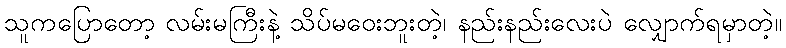
သူကပြောတော့ လမ်းမကြီးနဲ့ သိပ်မဝေးဘူးတဲ့၊ နည်းနည်းလေးပဲ လျှောက်ရမှာတဲ့။